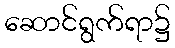
ဆောင်ရွက်ရာ၌